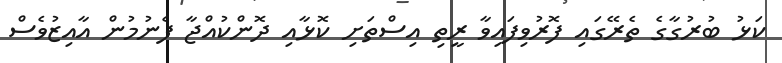
ކަޅު ބުރުގާގެ ތެރޭގައި ފޮރުވިފައިވާ ރީތި އިސްތަށި ކޮޅާއި ދޮންކުއްޖާ ފެނުމުން އާއިޒުވެސް